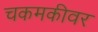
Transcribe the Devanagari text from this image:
चकमकीवर